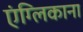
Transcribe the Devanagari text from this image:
एंग्लिकाना